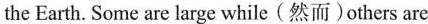
the Earth. Some are large while(然而)others are